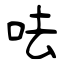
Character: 呿